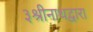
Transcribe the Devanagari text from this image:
३श्रीनाथद्वारा